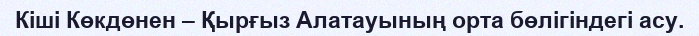
Кіші Көкдөнен – Қырғыз Алатауының орта бөлігіндегі асу.